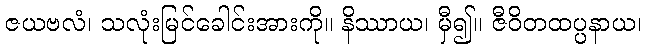
ဇယဗလံ၊ သလုံးမြင်ခေါင်းအားကို။ နိဿာယ၊ မှီ၍။ ဇီဝိတထပ္ပနာယ၊